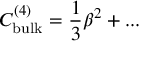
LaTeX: C _ { \mathrm { b u l k } } ^ { ( 4 ) } = \frac { 1 } { 3 } \beta ^ { 2 } + . . .